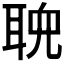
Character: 𬚠